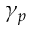
\gamma _ { p }